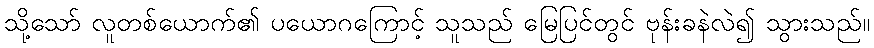
သို့သော် လူတစ်ယောက်၏ ပယောဂကြောင့် သူသည် မြေပြင်တွင် ဗုန်းခနဲလဲ၍ သွားသည်။